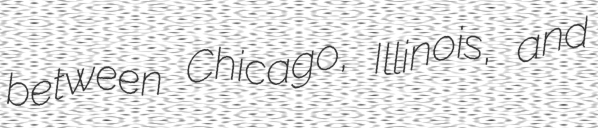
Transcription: between Chicago, Illinois, and